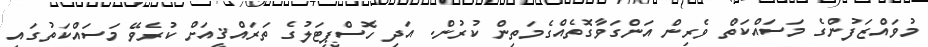
މުވައްޒަފުންގެ މަސައްކަތް ވެރިން އަންގަވާގޮތެއްގެމަތިން ކުރުން. އަދި ހޮސްޕިޓަލުގެ ތަރައްޤީއަށް ކުރެވޭ މަސައްކަތުގައި